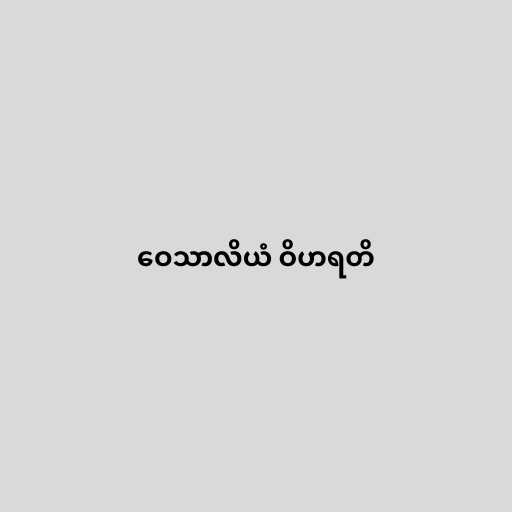
ဝေသာလိယံ ဝိဟရတိ